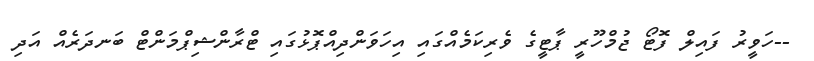
--ހަވީރު ފައިލް ފޮޓޯ ޖުމްހޫރީ ޕާޓީގެ ވެރިކަމެއްގައި އިހަވަންދިއްޕޮޅުގައި ޓްރާންޝިޕްމަންޓް ބަނދަރެއް އަދި